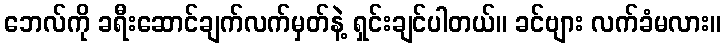
ဘေလ်ကို ခရီးဆောင်ချက်လက်မှတ်နဲ့ ရှင်းချင်ပါတယ်။ ခင်ဗျား လက်ခံမလား။